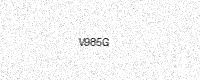
Text: V985G